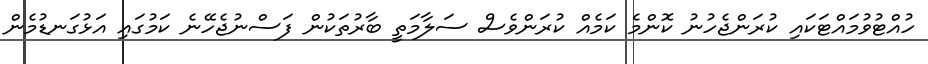
ހުއްޓުވުމައްޓަކައި ކުރަންޖެހުނު ކޮންމެ ކަމެއް ކުރަންވެސް ސަލާމަތީ ބާރުތަކުން ފަސްނުޖެހޭނެ ކަމުގައި އަޅުގަނޑުމެން